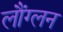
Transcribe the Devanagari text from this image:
लौंग्लन